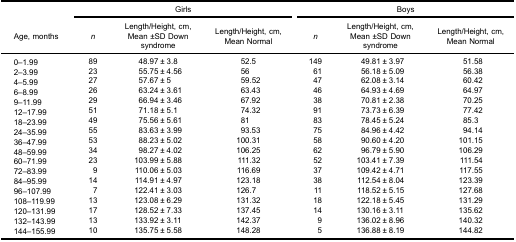
<table><thead><tr><td rowspan="2">[EMPTY_CELL]</td><td colspan="3"><b>Girls</b></td><td colspan="3"><b>Boys</b></td></tr><tr><td><b>Age, months</b></td><td><b><i>n</i></b></td><td><b>Length/Height, cm, Mean ±SD Down syndrome</b></td><td><b>Length/Height, cm, Mean Normal</b></td><td><b><i>n</i></b></td><td><b>Length/Height, cm, Mean ±SD Down syndrome</b></td><td><b>Length/Height, cm, Mean Normal</b></td></tr></thead><tbody><tr><td>0–1.99</td><td>89</td><td>48.97 ± 3.8</td><td>52.5</td><td>149</td><td>49.81 ± 3.97</td><td>51.58</td></tr><tr><td>2–3.99</td><td>23</td><td>55.75 ± 4.56</td><td>56</td><td>61</td><td>56.18 ± 5.09</td><td>56.38</td></tr><tr><td>4–5.99</td><td>27</td><td>57.67 ± 5</td><td>59.52</td><td>47</td><td>62.08 ± 3.14</td><td>60.42</td></tr><tr><td>6–8.99</td><td>26</td><td>63.24 ± 3.61</td><td>63.43</td><td>46</td><td>64.93 ± 4.69</td><td>64.97</td></tr><tr><td>9–11.99</td><td>29</td><td>66.94 ± 3.46</td><td>67.92</td><td>38</td><td>70.81 ± 2.38</td><td>70.25</td></tr><tr><td>12–17.99</td><td>51</td><td>71.18 ± 5.1</td><td>74.32</td><td>91</td><td>73.73 ± 6.39</td><td>77.42</td></tr><tr><td>18–23.99</td><td>49</td><td>75.56 ± 5.61</td><td>81</td><td>83</td><td>78.45 ± 5.24</td><td>85.3</td></tr><tr><td>24–35.99</td><td>55</td><td>83.63 ± 3.99</td><td>93.53</td><td>75</td><td>84.96 ± 4.42</td><td>94.14</td></tr><tr><td>36–47.99</td><td>53</td><td>88.23 ± 5.02</td><td>100.31</td><td>58</td><td>90.60 ± 4.20</td><td>101.15</td></tr><tr><td>48–59.99</td><td>34</td><td>98.27 ± 4.02</td><td>106.25</td><td>62</td><td>96.79 ± 5.90</td><td>106.29</td></tr><tr><td>60–71.99</td><td>23</td><td>103.99 ± 5.88</td><td>111.32</td><td>52</td><td>103.41 ± 7.39</td><td>111.54</td></tr><tr><td>72–83.99</td><td>9</td><td>110.06 ± 5.03</td><td>116.69</td><td>37</td><td>109.42 ± 4.71</td><td>117.55</td></tr><tr><td>84–95.99</td><td>14</td><td>114.91 ± 4.97</td><td>123.18</td><td>38</td><td>112.54 ± 8.04</td><td>123.39</td></tr><tr><td>96–107.99</td><td>7</td><td>122.41 ± 3.03</td><td>126.7</td><td>11</td><td>118.52 ± 5.15</td><td>127.68</td></tr><tr><td>108–119.99</td><td>13</td><td>123.08 ± 6.29</td><td>131.32</td><td>18</td><td>122.18 ± 5.45</td><td>131.29</td></tr><tr><td>120–131.99</td><td>17</td><td>128.52 ± 7.33</td><td>137.45</td><td>14</td><td>130.16 ± 3.11</td><td>135.62</td></tr><tr><td>132–143.99</td><td>13</td><td>133.92 ± 3.11</td><td>142.37</td><td>9</td><td>136.02 ± 8.96</td><td>140.32</td></tr><tr><td>144–155.99</td><td>10</td><td>135.75 ± 5.58</td><td>148.28</td><td>5</td><td>136.88 ± 8.19</td><td>144.82</td></tr></tbody></table>